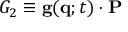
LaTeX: G _ { 2 } \equiv \mathbf { g } ( \mathbf { q } ; t ) \cdot \mathbf { P }